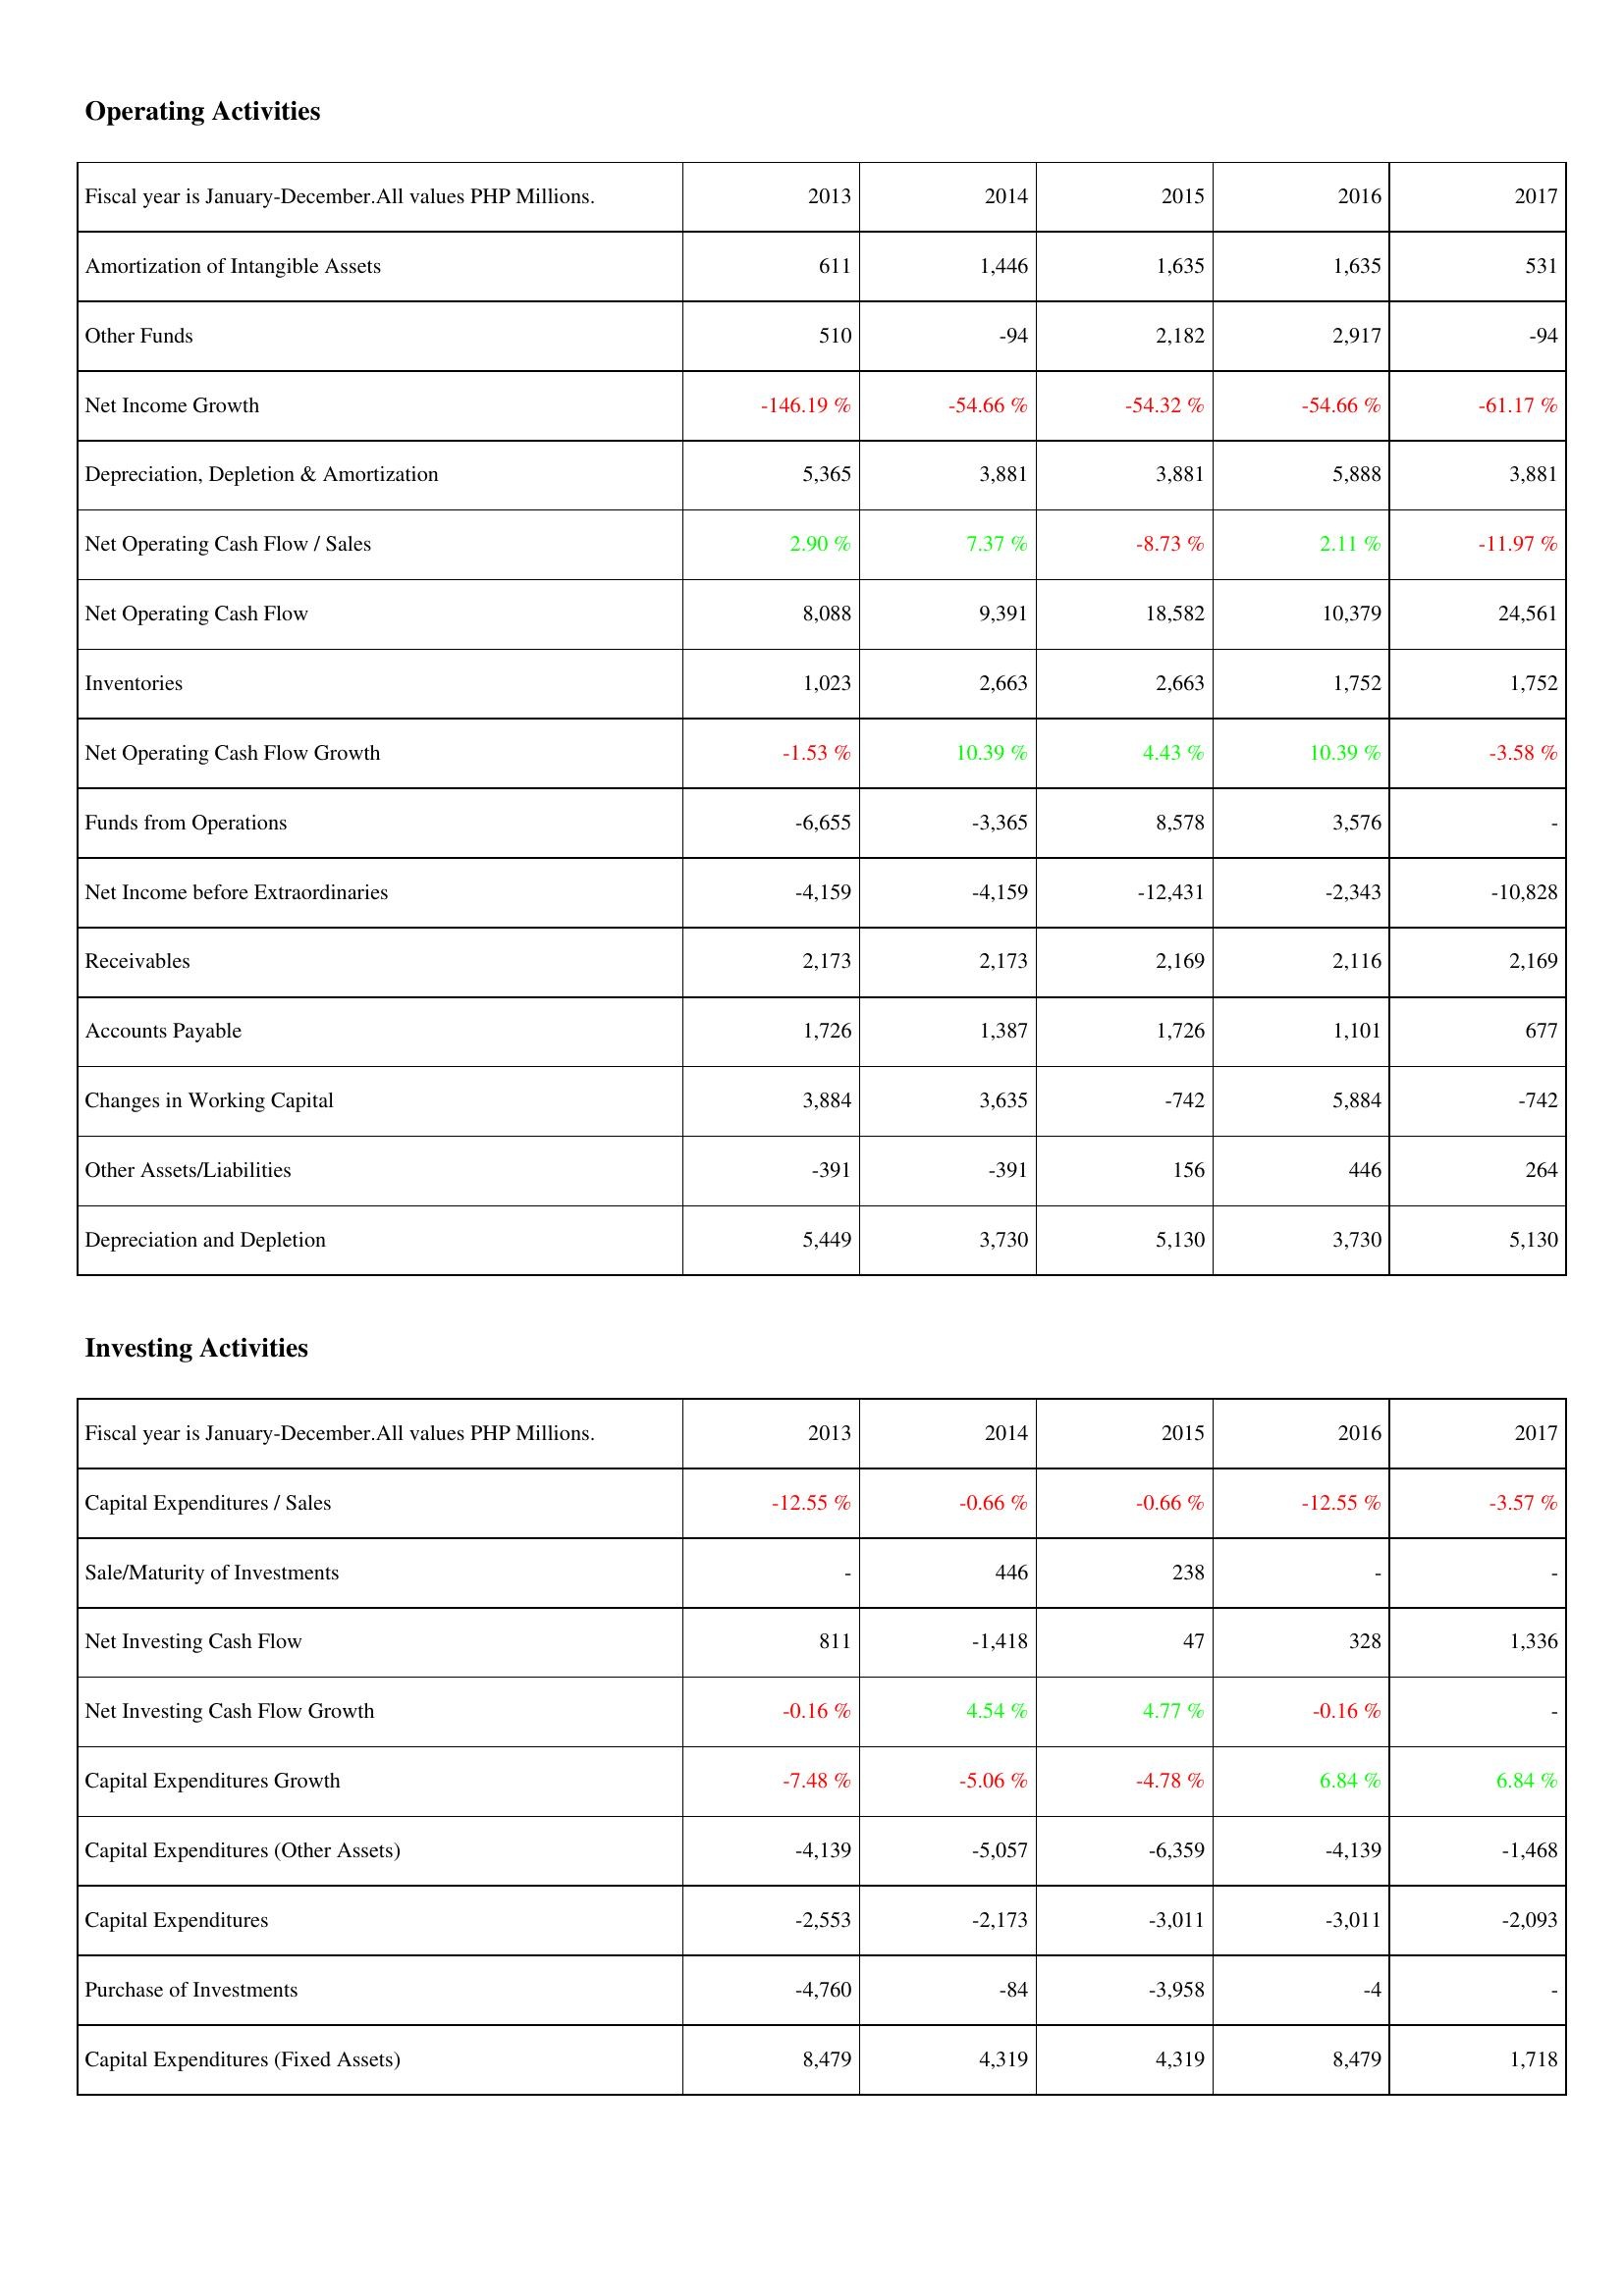
2013: Operating Activities: Amortization of Intangible Assets: 611
Other Funds: 510
Net Income Growth: -146.19 %
Depreciation, Depletion & Amortization: 5,365
Net Operating Cash Flow / Sales: 2.90 %
Net Operating Cash Flow: 8,088
Inventories: 1,023
Net Operating Cash Flow Growth: -1.53 %
Funds from Operations: -6,655
Net Income before Extraordinaries: -4,159
Receivables: 2,173
Accounts Payable: 1,726
Changes in Working Capital: 3,884
Other Assets/Liabilities: -391
Depreciation and Depletion: 5,449
Investing Activities: Capital Expenditures / Sales: -12.55 %
Sale/Maturity of Investments: -
Net Investing Cash Flow: 811
Net Investing Cash Flow Growth: -0.16 %
Capital Expenditures Growth: -7.48 %
Capital Expenditures (Other Assets): -4,139
Capital Expenditures: -2,553
Purchase of Investments: -4,760
Capital Expenditures (Fixed Assets): 8,479
2014: Operating Activities: Amortization of Intangible Assets: 1,446
Other Funds: -94
Net Income Growth: -54.66 %
Depreciation, Depletion & Amortization: 3,881
Net Operating Cash Flow / Sales: 7.37 %
Net Operating Cash Flow: 9,391
Inventories: 2,663
Net Operating Cash Flow Growth: 10.39 %
Funds from Operations: -3,365
Net Income before Extraordinaries: -4,159
Receivables: 2,173
Accounts Payable: 1,387
Changes in Working Capital: 3,635
Other Assets/Liabilities: -391
Depreciation and Depletion: 3,730
Investing Activities: Capital Expenditures / Sales: -0.66 %
Sale/Maturity of Investments: 446
Net Investing Cash Flow: -1,418
Net Investing Cash Flow Growth: 4.54 %
Capital Expenditures Growth: -5.06 %
Capital Expenditures (Other Assets): -5,057
Capital Expenditures: -2,173
Purchase of Investments: -84
Capital Expenditures (Fixed Assets): 4,319
2015: Operating Activities: Amortization of Intangible Assets: 1,635
Other Funds: 2,182
Net Income Growth: -54.32 %
Depreciation, Depletion & Amortization: 3,881
Net Operating Cash Flow / Sales: -8.73 %
Net Operating Cash Flow: 18,582
Inventories: 2,663
Net Operating Cash Flow Growth: 4.43 %
Funds from Operations: 8,578
Net Income before Extraordinaries: -12,431
Receivables: 2,169
Accounts Payable: 1,726
Changes in Working Capital: -742
Other Assets/Liabilities: 156
Depreciation and Depletion: 5,130
Investing Activities: Capital Expenditures / Sales: -0.66 %
Sale/Maturity of Investments: 238
Net Investing Cash Flow: 47
Net Investing Cash Flow Growth: 4.77 %
Capital Expenditures Growth: -4.78 %
Capital Expenditures (Other Assets): -6,359
Capital Expenditures: -3,011
Purchase of Investments: -3,958
Capital Expenditures (Fixed Assets): 4,319
2016: Operating Activities: Amortization of Intangible Assets: 1,635
Other Funds: 2,917
Net Income Growth: -54.66 %
Depreciation, Depletion & Amortization: 5,888
Net Operating Cash Flow / Sales: 2.11 %
Net Operating Cash Flow: 10,379
Inventories: 1,752
Net Operating Cash Flow Growth: 10.39 %
Funds from Operations: 3,576
Net Income before Extraordinaries: -2,343
Receivables: 2,116
Accounts Payable: 1,101
Changes in Working Capital: 5,884
Other Assets/Liabilities: 446
Depreciation and Depletion: 3,730
Investing Activities: Capital Expenditures / Sales: -12.55 %
Sale/Maturity of Investments: -
Net Investing Cash Flow: 328
Net Investing Cash Flow Growth: -0.16 %
Capital Expenditures Growth: 6.84 %
Capital Expenditures (Other Assets): -4,139
Capital Expenditures: -3,011
Purchase of Investments: -4
Capital Expenditures (Fixed Assets): 8,479
2017: Operating Activities: Amortization of Intangible Assets: 531
Other Funds: -94
Net Income Growth: -61.17 %
Depreciation, Depletion & Amortization: 3,881
Net Operating Cash Flow / Sales: -11.97 %
Net Operating Cash Flow: 24,561
Inventories: 1,752
Net Operating Cash Flow Growth: -3.58 %
Funds from Operations: -
Net Income before Extraordinaries: -10,828
Receivables: 2,169
Accounts Payable: 677
Changes in Working Capital: -742
Other Assets/Liabilities: 264
Depreciation and Depletion: 5,130
Investing Activities: Capital Expenditures / Sales: -3.57 %
Sale/Maturity of Investments: -
Net Investing Cash Flow: 1,336
Net Investing Cash Flow Growth: -
Capital Expenditures Growth: 6.84 %
Capital Expenditures (Other Assets): -1,468
Capital Expenditures: -2,093
Purchase of Investments: -
Capital Expenditures (Fixed Assets): 1,718